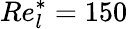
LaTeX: Re_{l}^{*}=150